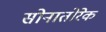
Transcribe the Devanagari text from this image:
सोनातोरेक